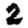
Digit: 2